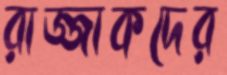
রাজ্জাকদের